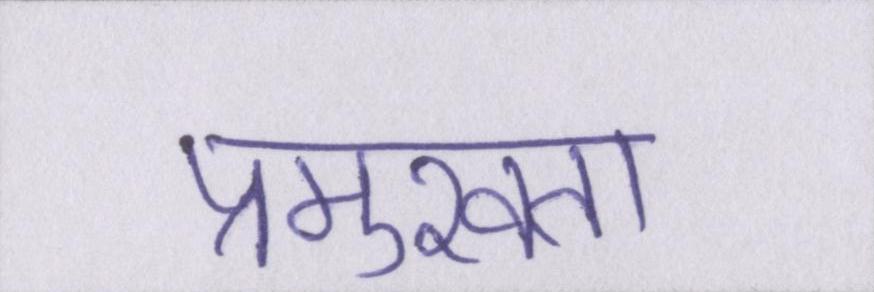
प्रमुखता